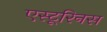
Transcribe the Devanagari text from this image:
एस्टूरिनस